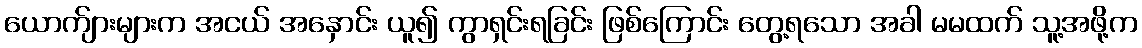
ယောက်ျားများက အငယ် အနှောင်း ယူ၍ ကွာရှင်းရခြင်း ဖြစ်ကြောင်း တွေ့ရသော အခါ မမထက် သူ့အဖို့က